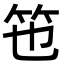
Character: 竾